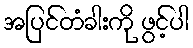
အပြင်တံခါးကို ဖွင့်ပါ